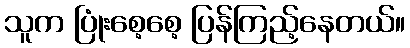
သူက ပြုံးစေ့စေ့ ပြန်ကြည့်နေတယ်။